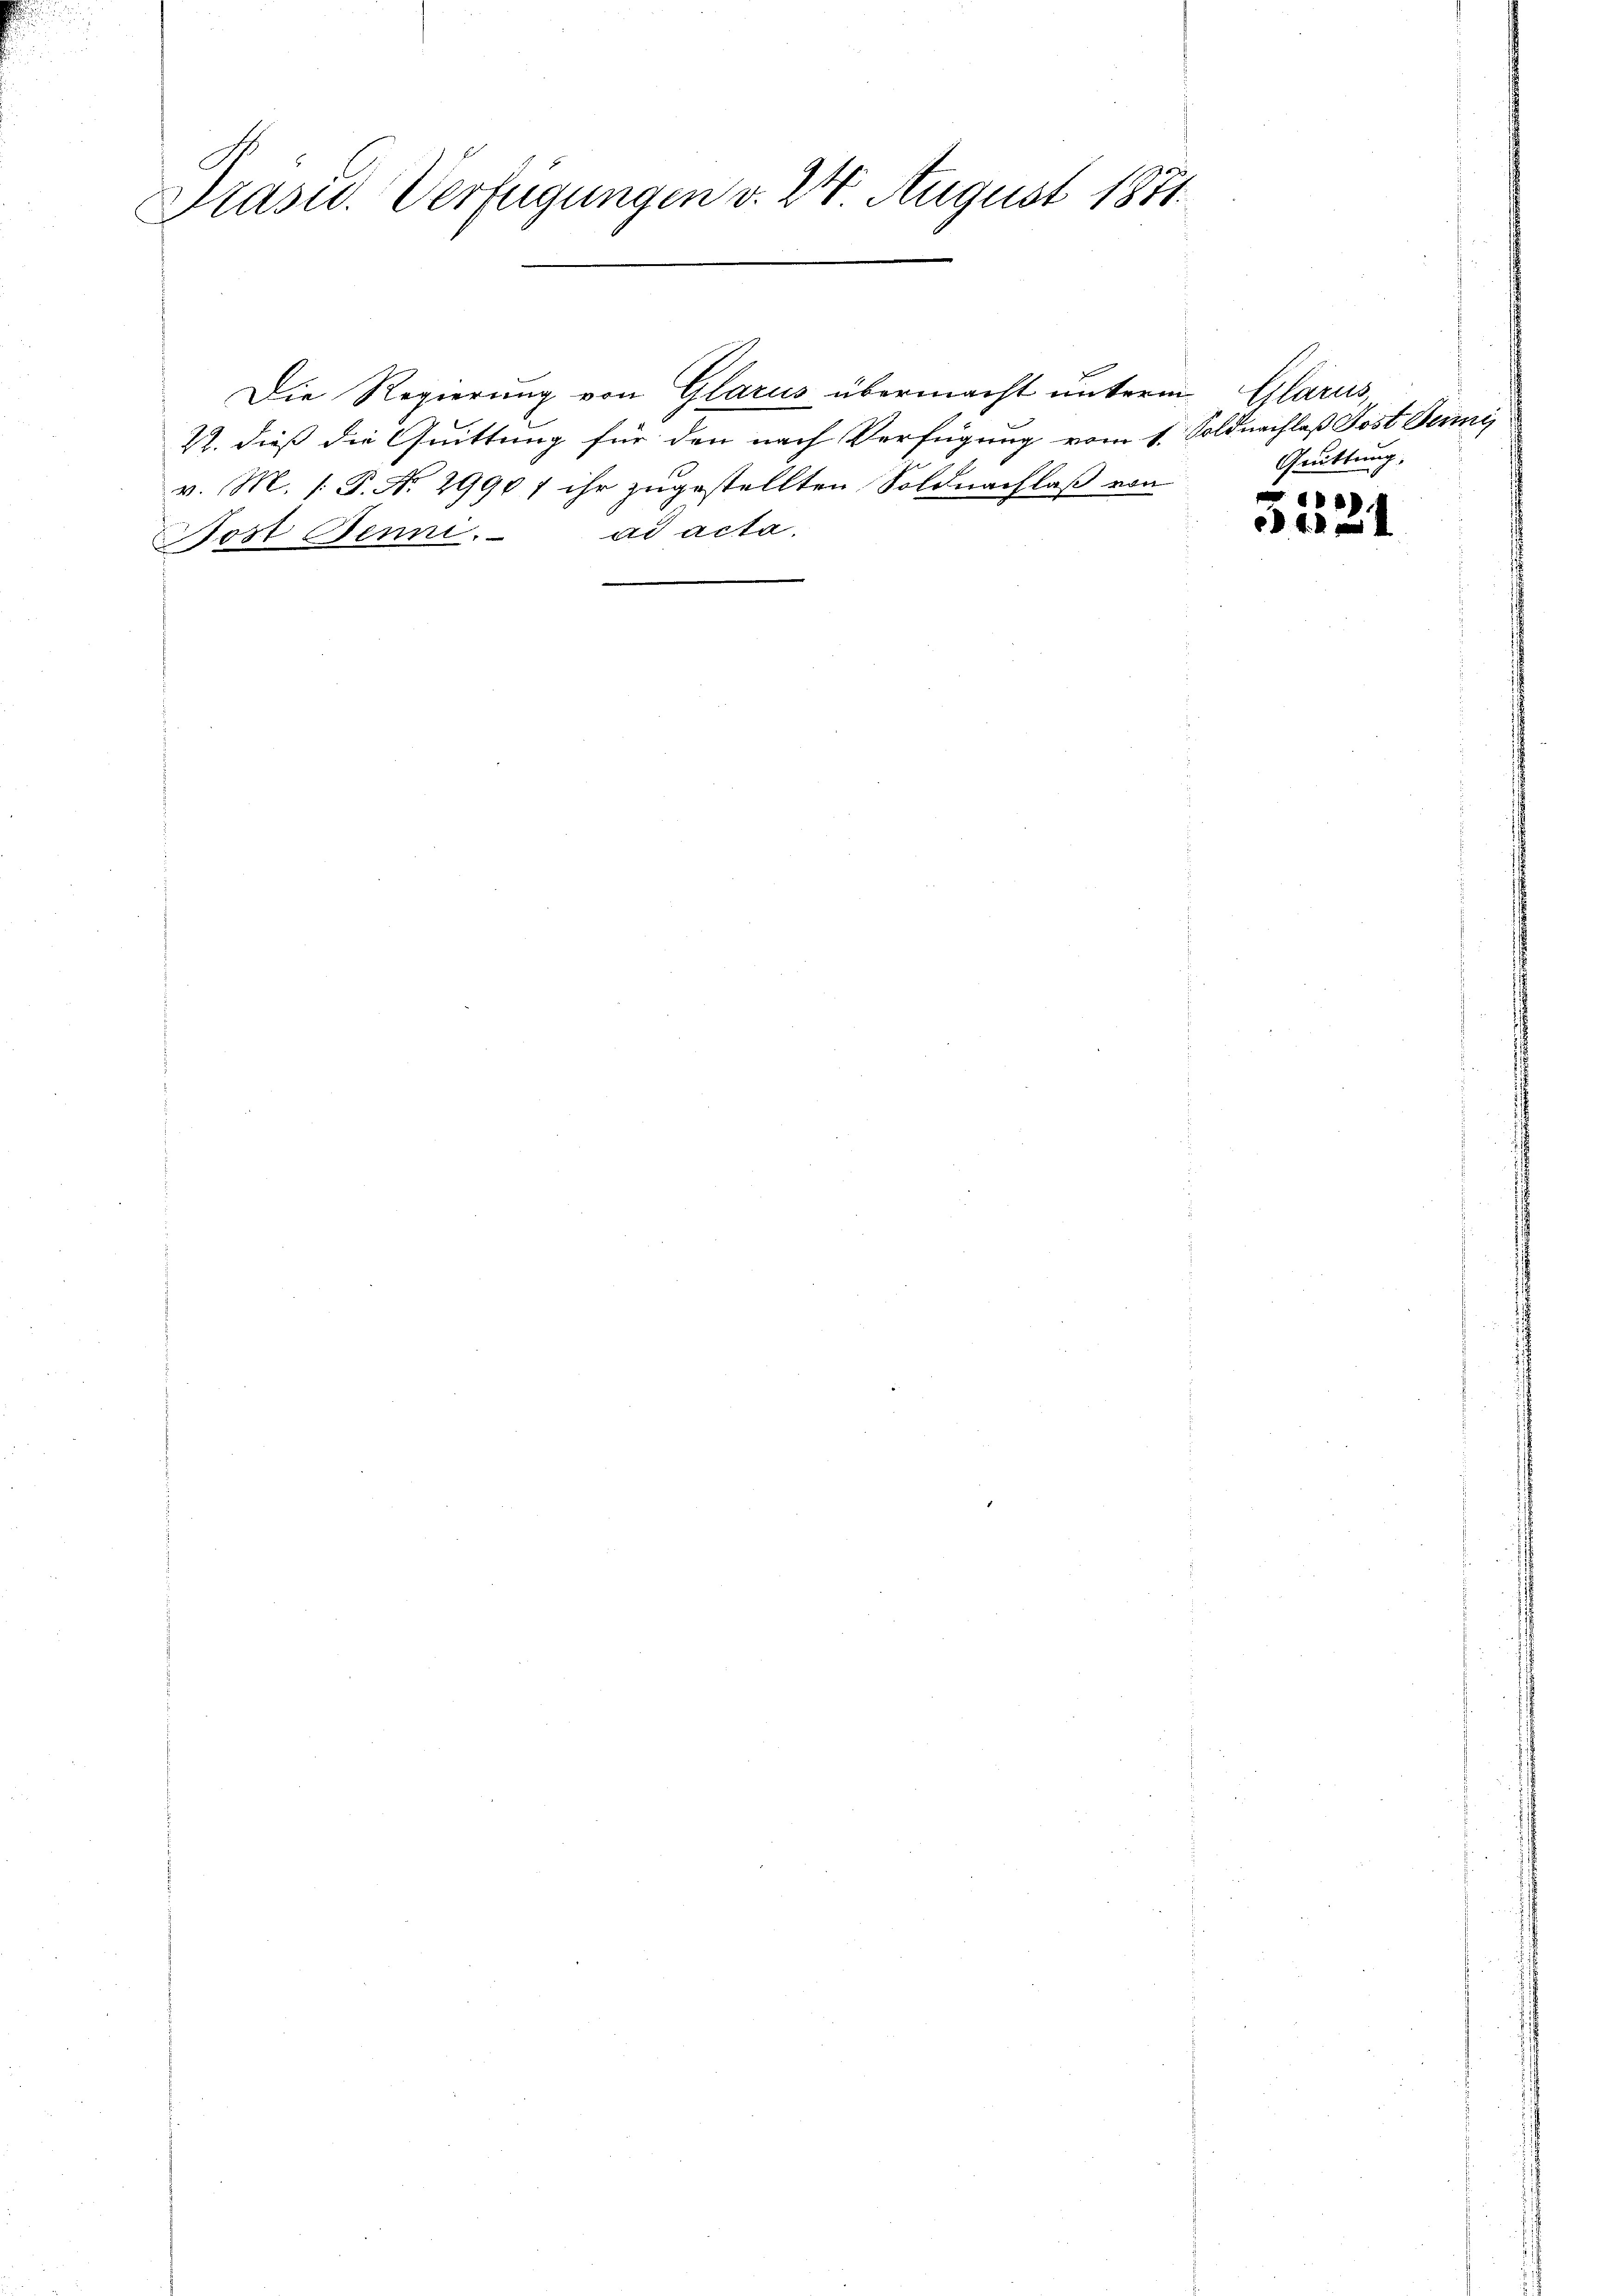
Präsid. Verfügungen v. 24. August 1881.

Post Jenni. ad acta.

Die Regierung von Glarus übermacht unterm Glarus,
v. M. P. Nr. 2990 f ihr zugestellten Soldnachlaß von

2. dieß die Quittung für den nach Verfügung vom 1. Soldnachlaß Post Seni

Grüttung.

.
4. 4